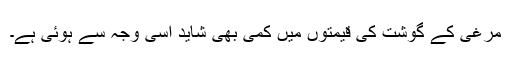
مرغی کے گوشت کی قیمتوں میں کمی بھی شاید اسی وجہ سے ہوئی ہے۔